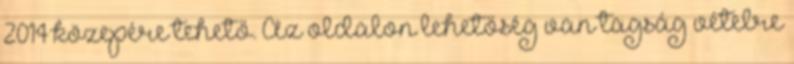
2014 közepére tehető. Az oldalon lehetőség van tagság vételre